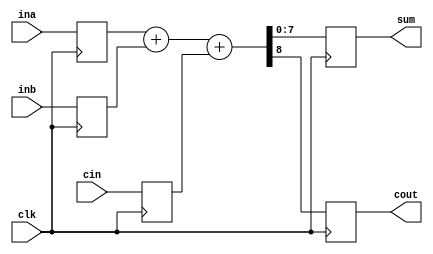
// 8  - 
module adder8(cout,sum,ina,inb,cin,clk);
    output [7:0] sum;
    output cout;
    input [7:0] ina,inb;
    input cin,clk;
    reg [7:0] tempa,tempb,sum;
    reg cout;
    reg tempc;

    // 
    always @(posedge clk) begin
        tempa = ina; tempb = inb; tempc = cin;
    end

    always @(posedge clk) begin
        {cout,sum} = tempa + tempb + tempc;
    end

endmodule